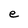
Character: e